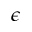
\epsilon